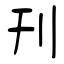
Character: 刊